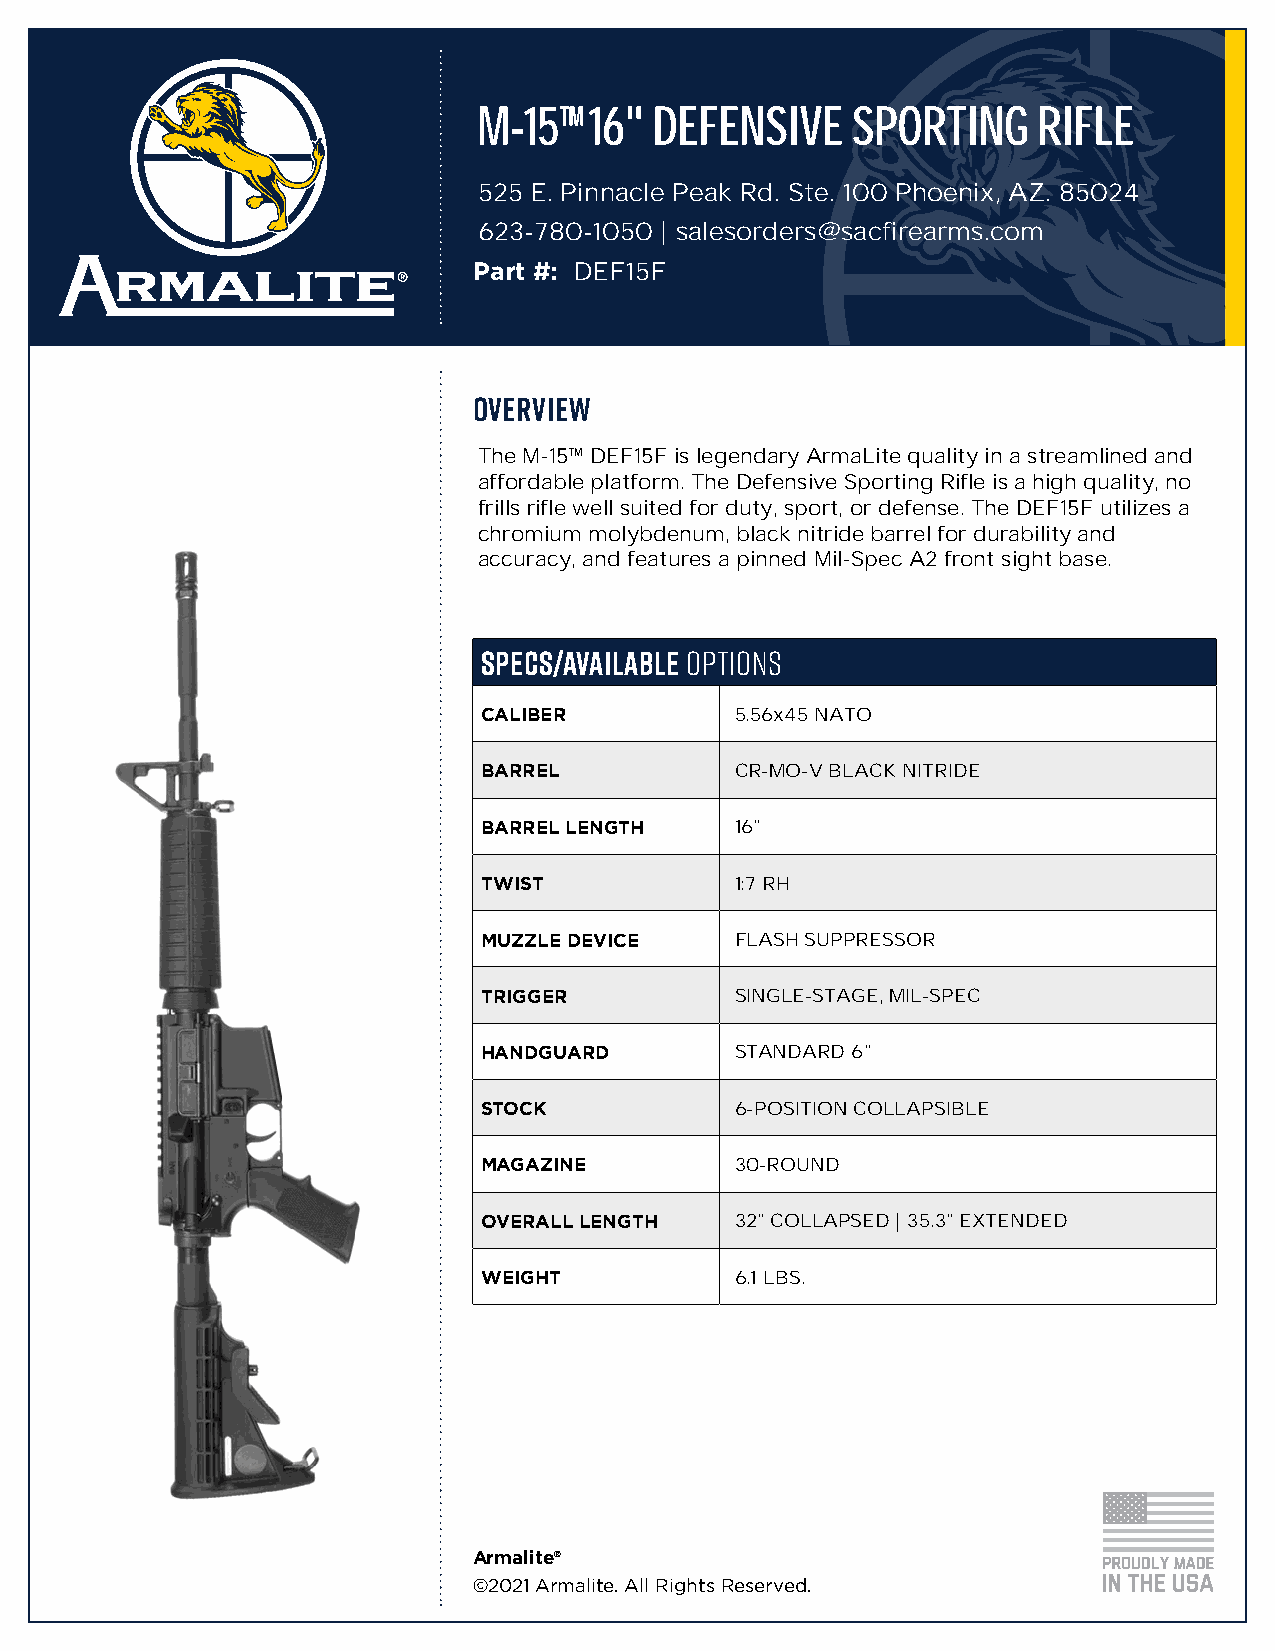
M-15™  16" defensive    sporting     rifle
 525 E. Pinnacle Peak Rd. Ste. 100 Phoenix, AZ. 85024
 623-780-1050 | salesorders@sacfirearms.com
 Part #: DEF15F
 OOVVEERRVVIIEEWW
 The M-15™ DEF15F is legendary ArmaLite quality in a streamlined and
 affordable platform. The Defensive Sporting Rifle is a high quality, no
 frills rifle well suited for duty, sport, or defense. The DEF15F utilizes a
 chromium molybdenum, black nitride barrel for durability and
 accuracy, and features a pinned Mil-Spec A2 front sight base.
 SPECS/AVAILABLE OPTIONS
 CALIBER          5.56x45 NATO
 BARREL           CR-MO-V BLACK NITRIDE
 BARREL LENGTH    16"
 TWIST            1:7 RH
 MUZZLE DEVICE    FLASH SUPPRESSOR
 TRIGGER          SINGLE-STAGE, MIL-SPEC
 HANDGUARD        STANDARD 6"
 STOCK            6-POSITION COLLAPSIBLE
 MAGAZINE         30-ROUND
 OVERALL LENGTH   32" COLLAPSED | 35.3" EXTENDED
 WEIGHT           6.1 LBS.
 Armalite®
 ©2021 Armalite. All Rights Reserved.